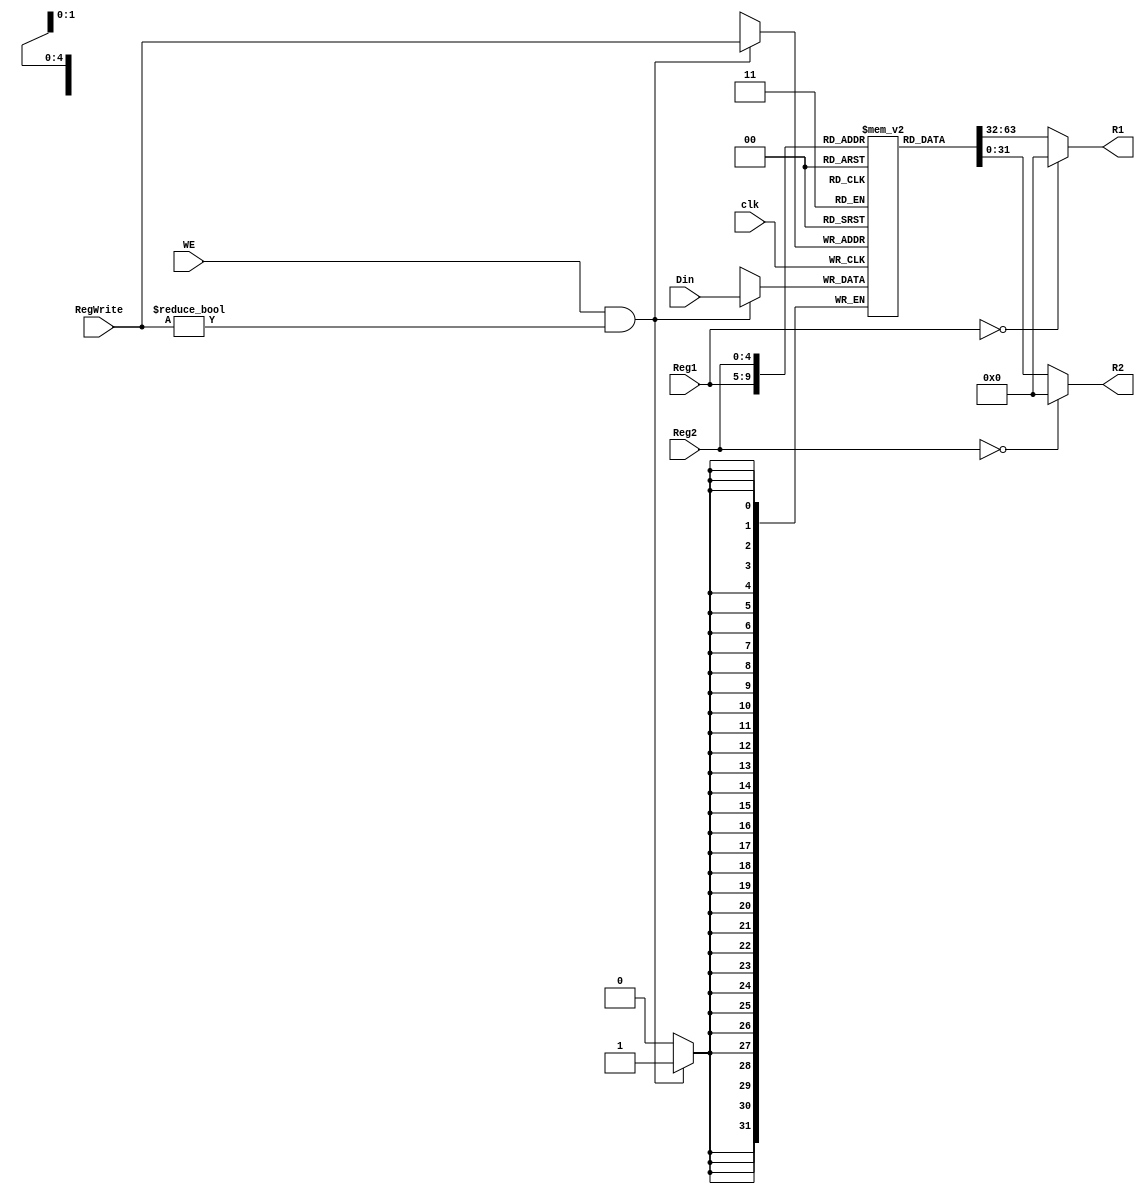
`timescale 1ns / 1ps
//////////////////////////////////////////////////////////////////////////////////
//
// 
// Design Name: 
// Module Name: RegFile
// Project Name: MIPS CPU
// Target Devices: Nexys 4 DDR
// 
//////////////////////////////////////////////////////////////////////////////////


module RegFile(
    input [4:0] Reg1,
    input [4:0] Reg2,
    input [4:0] RegWrite,
    input [31:0] Din,
    input WE,
    input clk,
    output [31:0] R1,
    output [31:0] R2
    );
    reg [31:0] RegGroup[31:0];

    integer i;
    initial begin
        for(i = 0; i < 32; i = i + 1) begin
            RegGroup[i] = 0;
        end
    end

    always @(negedge clk) begin
        if (WE && (RegWrite != 0)) begin
            RegGroup[RegWrite] <= Din;
        end
    end

    // $zero is always zero!
    assign R1 = Reg1 == 0 ? 0 : RegGroup[Reg1];
    assign R2 = Reg2 == 0 ? 0 : RegGroup[Reg2];

endmodule